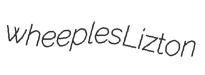
wheeples Lizton